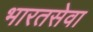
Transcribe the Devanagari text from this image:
भारतसेवा